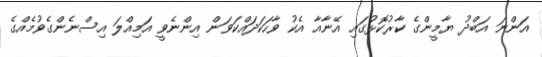
އަންނަ އަބްދު ޔާމީންގެ ކާރުކޮޅުގައި އޭނާއާ އެކު ވާހަކަދައްކަވަން އިންނެވީ އަމިއްލަ އިސްނެންގެވުމެއްގެ